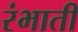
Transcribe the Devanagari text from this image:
रंभाती